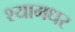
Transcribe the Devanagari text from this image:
श्यामधर